NAE_ERA_R-2362_Emakeele_Selts, lk 30
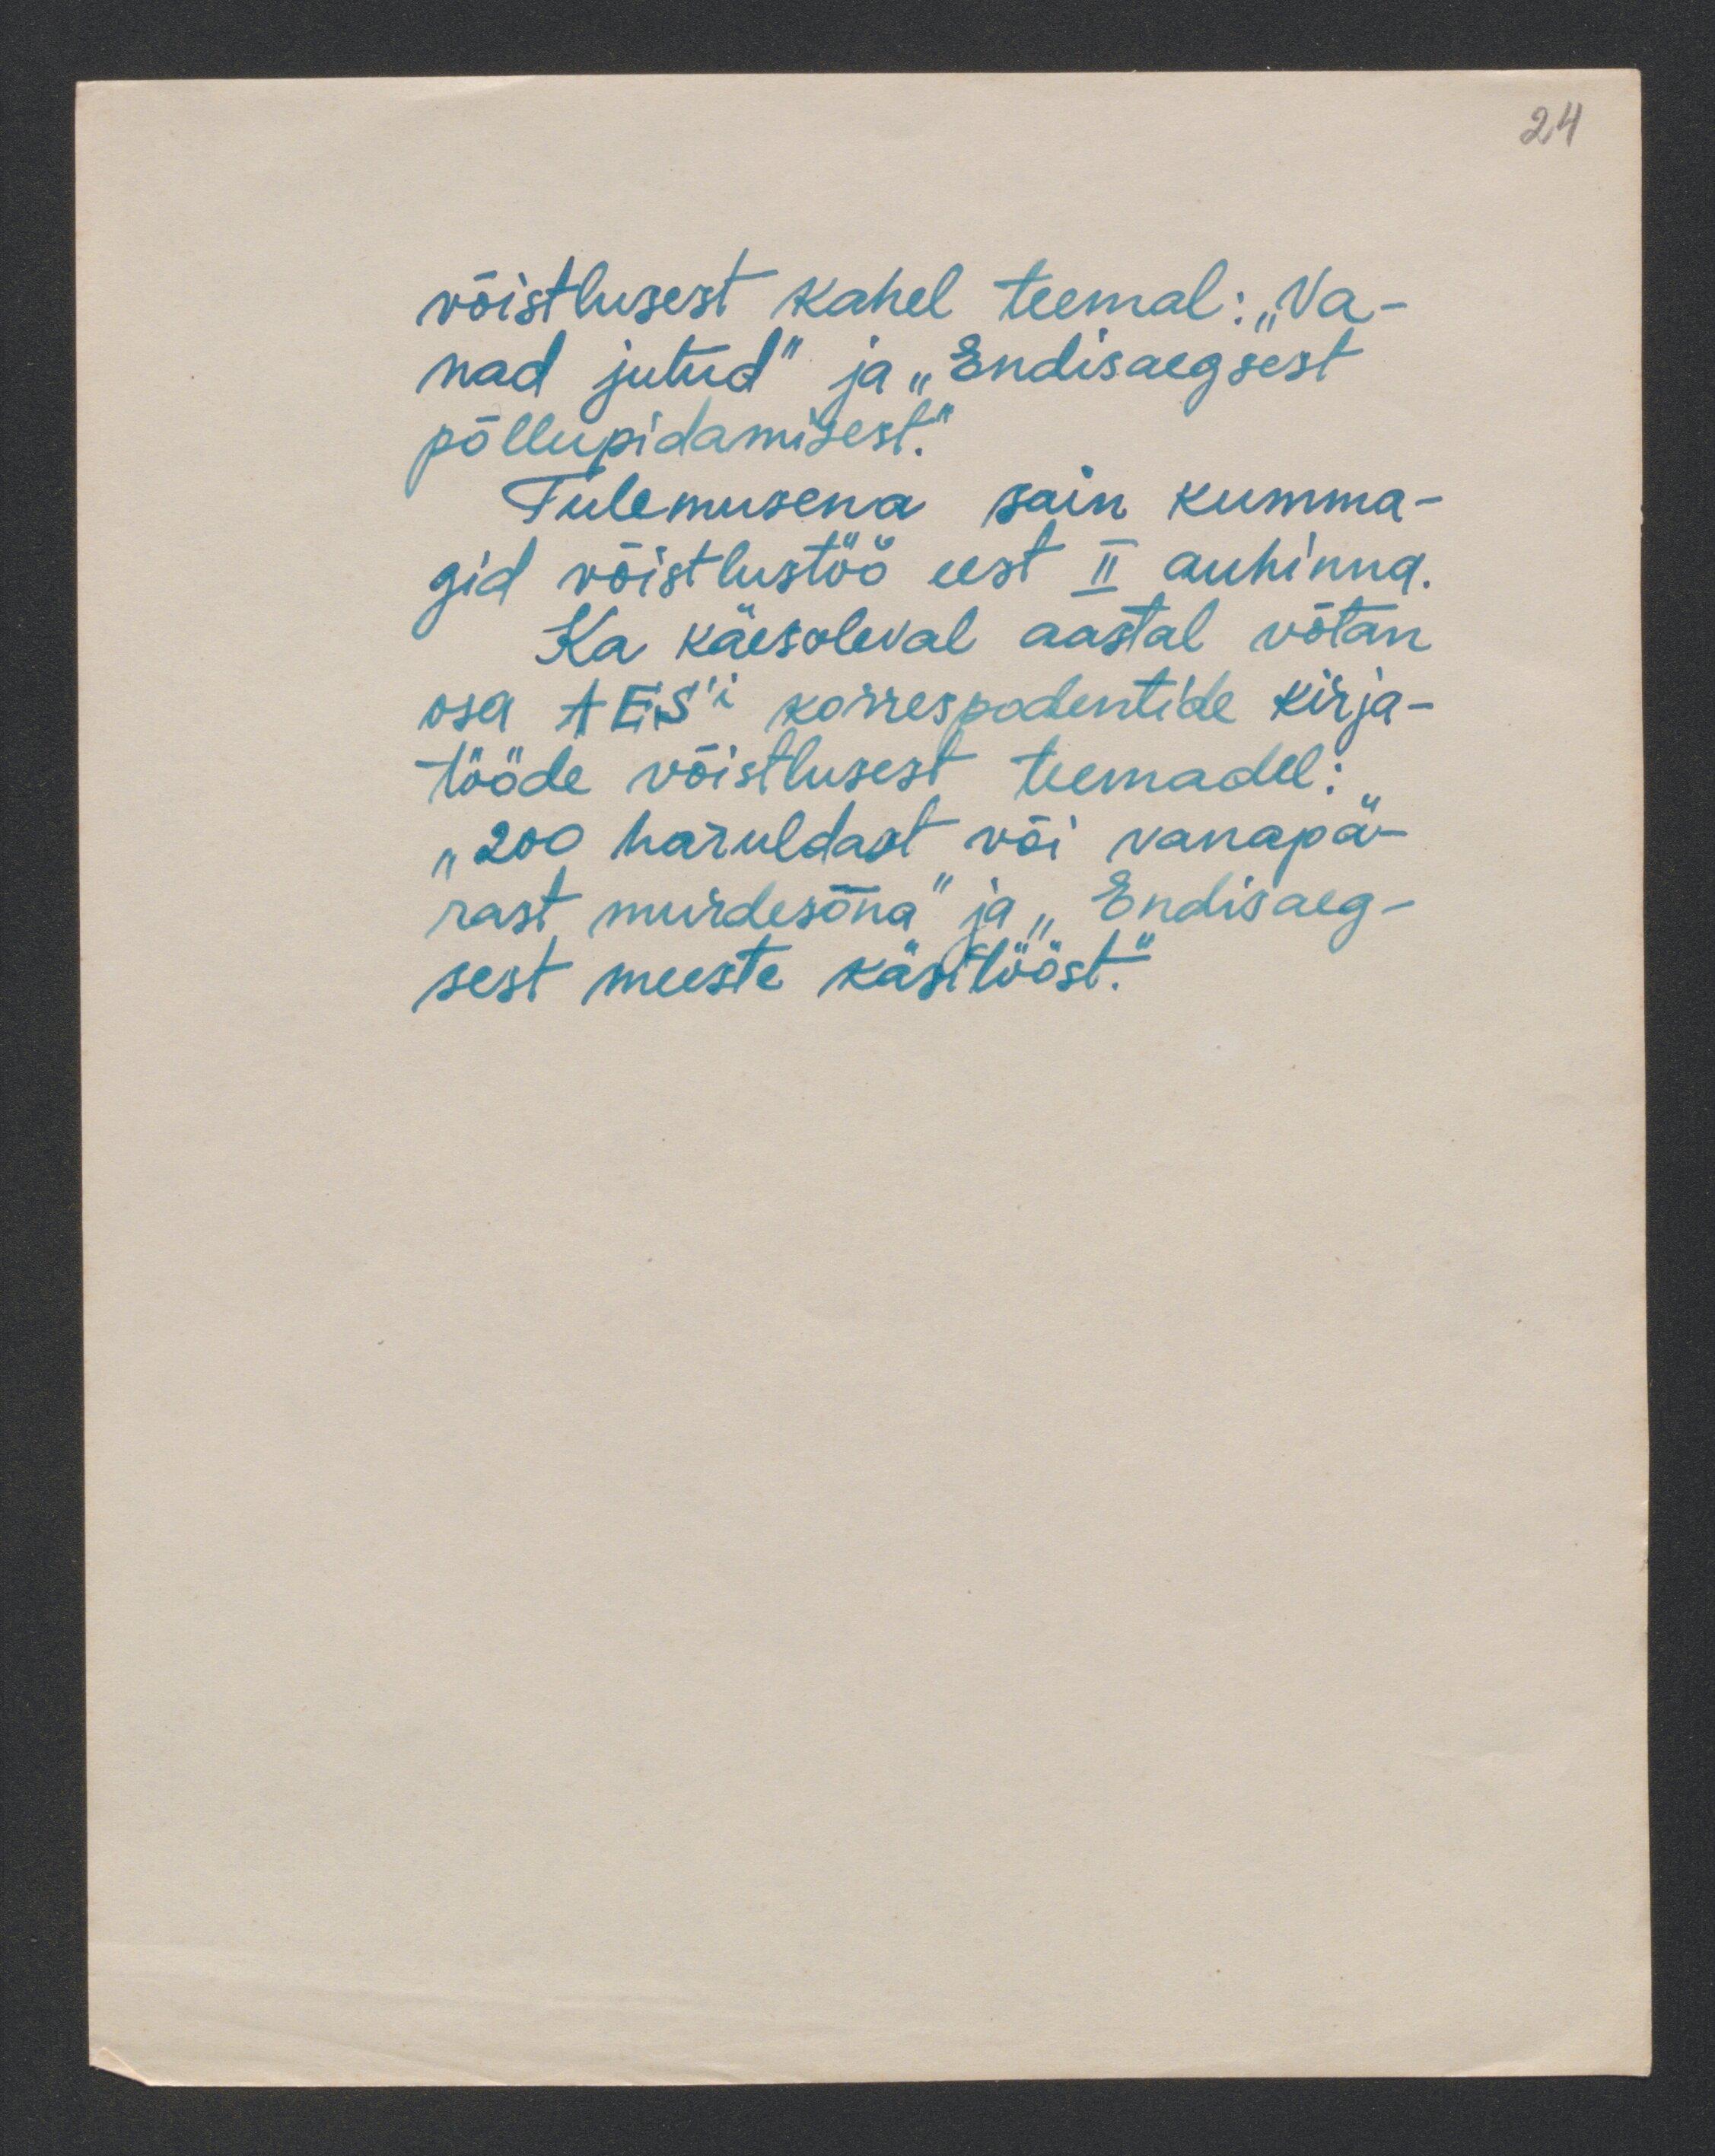
24

võistlusest kahel teemal: "Va-
nad jutud" ja "Endisaegsest
põllupidamisest".
Tulemusena sain kumma-
gid võistlustöö eest II auhinna.
Ka käesoleval aastal võtan
osa AES'i korrespondentide kirja-
tööde võistlusest teemadel:
„200 haruldast või vanapä-
rast murdesõna" ja "Endisaeg-
sest meeste käsitööst."